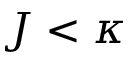
J < \kappa